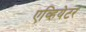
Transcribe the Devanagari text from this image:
एव्हियेटर